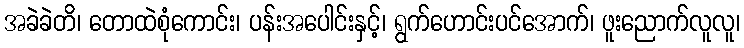
အခဲခဲတိ၊ တောထဲစုံကောင်း၊ ပန်းအပေါင်းနှင့်၊ ရွက်ဟောင်းပင်အောက်၊ ဖူးညောက်လူလူ၊